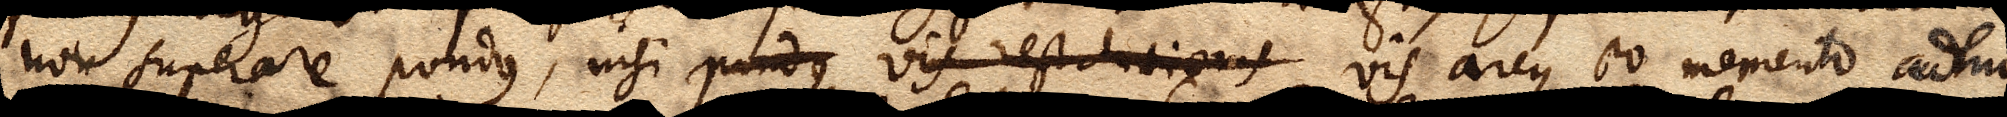
non superare pondus, nisi pondus vis restitutionis vis arcus eo momento adhuc